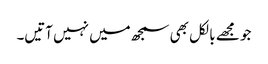
جو مجھے بالکل بھی سمجھ میں نہیں آتیں۔